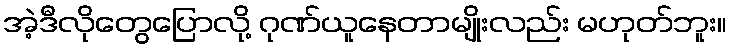
အဲ့ဒီလိုတွေပြောလို့ ဂုဏ်ယူနေတာမျိုးလည်း မဟုတ်ဘူး။